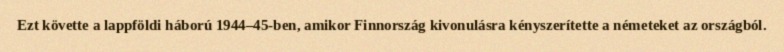
Ezt követte a lappföldi háború 1944–45-ben, amikor Finnország kivonulásra kényszerítette a németeket az országból.